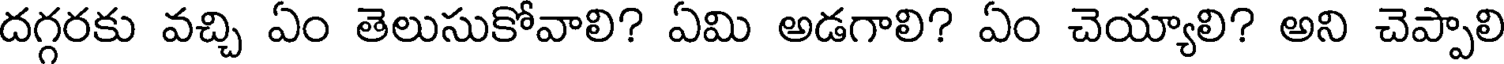
దగ్గరకు వచ్చి ఏం తెలుసుకోవాలి? ఏమి అడగాలి? ఏం చెయ్యాలి? అని చెప్పాలి